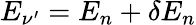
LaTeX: E_{\nu^{\prime}}=E_{n}+\delta E_{n}